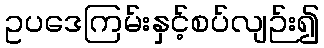
ဥပဒေကြမ်းနှင့်စပ်လျဉ်း၍